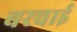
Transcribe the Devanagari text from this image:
बरचाई